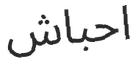
احباش